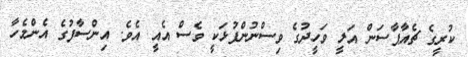
ކުރީގެ ޗެއާޕާސަން އަލީ ވަހީދުގެ ވިސްނުންފުޅަކީ ވެސް އެއީ އެވެ. އިންސާފުގެ އެންމެހާ